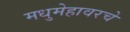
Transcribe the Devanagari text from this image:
मधुमेहावरचे